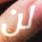
لن